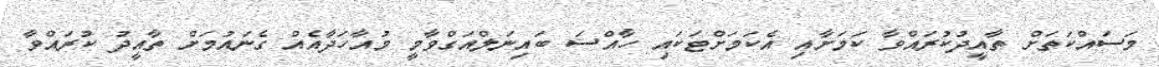
މަސައްކަތަށް ތާއީދުކުރައްވާ ކަމަށާއި އެކަމަށްޓަކައި ހާއްސަ ބައިނަލްއަގްވާމީ މުއާހަދާއެއް ގެނައުމަށް ތާއީދު ކުރައްވާ